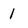
Character: 1